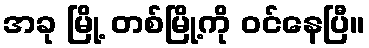
အခု မြို့ တစ်မြို့ကို ဝင်နေပြီ။